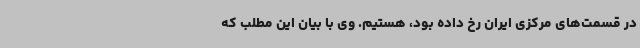
در قسمت‌های مرکزی ایران رخ داده بود، هستیم. وی با بیان این مطلب که